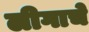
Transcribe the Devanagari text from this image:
लीगाचे